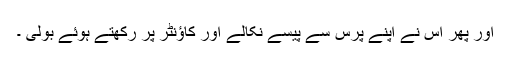
اور پھر اس نے اپنے پرس سے پیسے نکالے اور کاؤنٹر پر رکھتے ہوئے بولی ۔